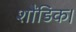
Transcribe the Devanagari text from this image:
शौंडिक।